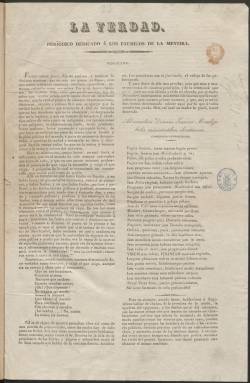
Título: La Verdad (Madrid. 1837)
Colección: Periódicos anteriores a 1850
Ámbito geográfico: Madrid
Lugar de publicación: Madrid
Fechas: 01/04/1837-30/04/1837